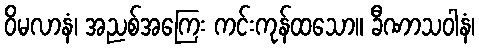
ဝိမလာနံ၊ အညစ်အကြေး ကင်းကုန်ထသော။ ခီဏာသဝါနံ၊